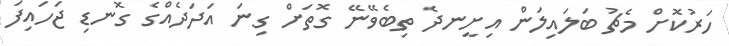
ހަރުކޮށް މެޗު ބަލައިލަން އިށީނދެ ތިބެވޭނޭ ގޮތަށް ގިނަ އަދަދެއްގެ ގޮނޑި ޖަހައިފަ